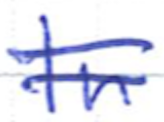
Text: In
Cross-out: double-line
Writing tool: ballpoint